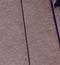
Signature authenticity: genuine